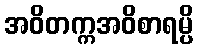
အဝိတက္ကအဝိစာရမ္ပိ